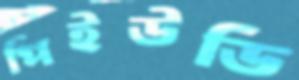
পিইউডি